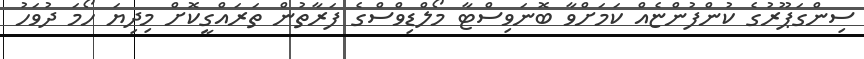
ސިންގަޕޫރުގެ ކުންފުންޏެއް ކަމަށްވާ ބޮނަވިސްޓާ މޯލްޑިވްސްގެ ފަރާތުން ތަރައްގީކޮށް މިދިޔަ ހޯމަ ދުވަހު